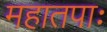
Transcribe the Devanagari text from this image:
महातपाः